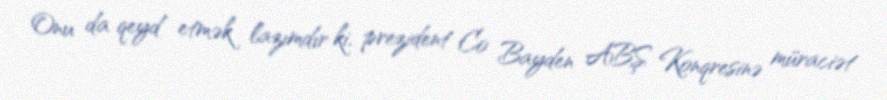
Onu da qeyd etmək lazımdır ki, prezident Co Bayden ABŞ Konqresinə müraciət